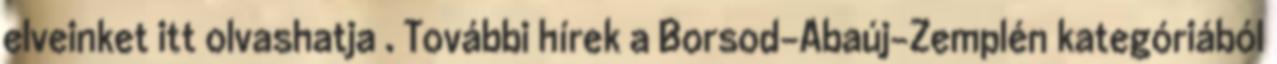
elveinket itt olvashatja . További hírek a Borsod-Abaúj-Zemplén kategóriából